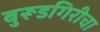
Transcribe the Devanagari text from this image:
बुरूडगिरीचा